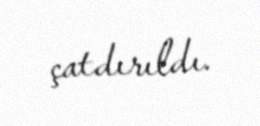
çatdırıldı.